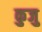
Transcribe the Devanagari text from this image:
कुजु